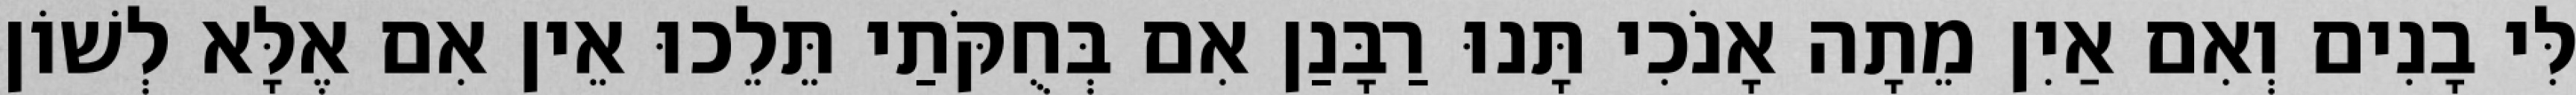
לִּי בָנִים וְאִם אַיִן מֵתָה אָנֹכִי תָּנוּ רַבָּנַן אִם בְּחֻקֹּתַי תֵּלֵכוּ אֵין אִם אֶלָּא לְשׁוֹן